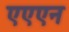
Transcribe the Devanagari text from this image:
एएएन